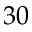
3 0